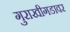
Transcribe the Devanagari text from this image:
गुराखीगडावर